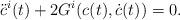
LaTeX: \begin{align*}\ddot{c}^i(t)+2 G^i(c(t),\dot{c}(t))=0.\end{align*}